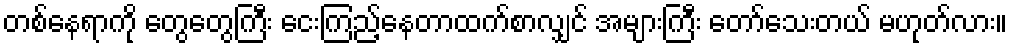
တစ်နေရာကို တွေတွေကြီး ငေးကြည့်နေတာထက်စာလျှင် အများကြီး တော်သေးတယ် မဟုတ်လား။